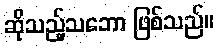
ဆိုသည့်သဘော ဖြစ်သည်။